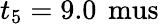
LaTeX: t_{5}=9.0\, \mathrm{\ mus}